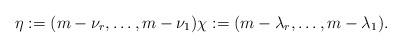
LaTeX: \begin{align*}\eta:=(m-\nu_r,\ldots,m-\nu_1)\chi:=(m-\lambda_r,\ldots,m-\lambda_1).\end{align*}